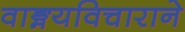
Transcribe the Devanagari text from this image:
वाङ्मयविचाराने